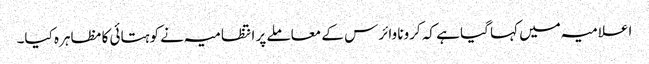
اعلامیہ میں کہا گیا ہے کہ کرونا وائرس کے معاملے پر انتظامیہ نے کوہتائی کا مظاہرہ کیا۔